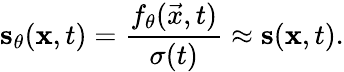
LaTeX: \mathbf{\boldsymbol{s}}_{\theta}(\mathbf{\boldsymbol{x}},t)=\frac{f_{\theta}(\vec{x},t)}{\sigma(t)}\approx\mathbf{\boldsymbol{s}}(\mathbf{\boldsymbol{x}},t).